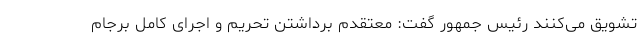
تشویق می‌کنند رئیس جمهور گفت: معتقدم برداشتن تحریم و اجرای کامل برجام